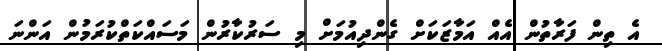
އެ ތިން ފަރާތުން އެއް އަމާޒަކަށް ގެންދިއުމަށް މި ސަރުކާރުން މަސައްކަތްކުރަމުން އަންނަ